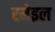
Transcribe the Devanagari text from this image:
स्मेइल